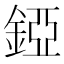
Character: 錏